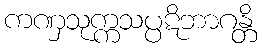
ကဏှသုက္ကသပ္ပဋိဘာဂန္တိ